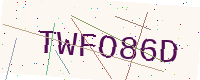
Text: TWFO86D